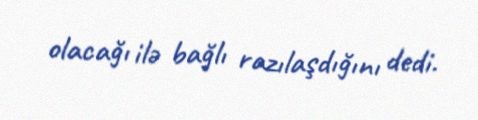
olacağı ilə bağlı razılaşdığını dedi.